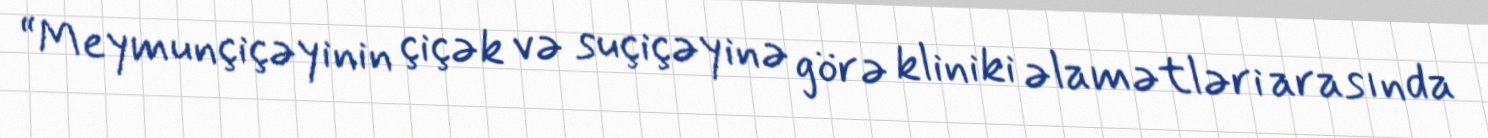
“Meymunçiçəyinin çiçək və suçiçəyinə görə kliniki əlamətləri arasında